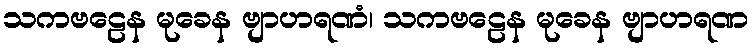
သကဗဠေန မုခေန ဗျာဟရဏံ၊ သကဗဠေန မုခေန ဗျာဟရဏ